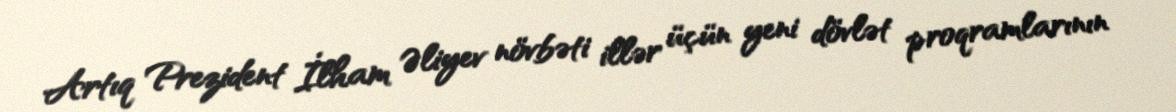
Artıq Prezident İlham Əliyev növbəti illər üçün yeni dövlət proqramlarının